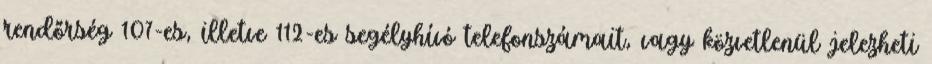
rendőrség 107-es, illetve 112-es segélyhívó telefonszámait, vagy közvetlenül jelezheti